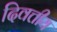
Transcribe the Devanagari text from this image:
दिवत्तीय